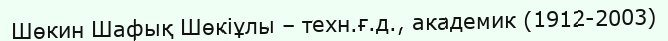
Шөкин Шафық Шөкіұлы – техн.ғ.д., академик (1912-2003)